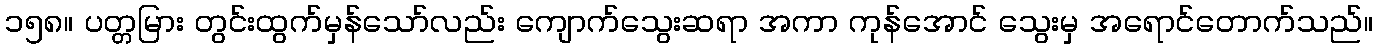
၁၅၈။ ပတ္တမြား တွင်းထွက်မှန်သော်လည်း ကျောက်သွေးဆရာ အကာ ကုန်အောင် သွေးမှ အရောင်တောက်သည်။